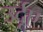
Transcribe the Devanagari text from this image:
उर्दूए